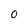
Character: 0